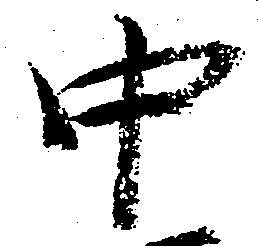
中